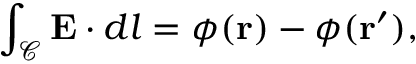
\int _ { \mathcal { C } } { \bf E } \cdot d l = \phi ( { \bf r } ) - \phi ( { \bf r ^ { \prime } } ) ,